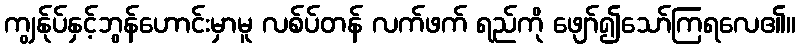
ကျွန်ုပ်နှင့်ဘွန်ဟောင်းမှာမူ လစ်ပ်တန် လက်ဖက် ရည်ကို ဖျော်၍သော်ကြရလေ၏။